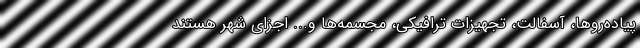
پیاده‌روها، آسفالت، تجهیزات ترافیکی، مجسمه‌ها و... اجزای شهر هستند